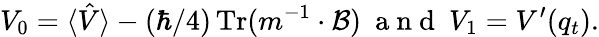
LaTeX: V_{0}=\langle\hat{V}\rangle-(\hbar/4)\operatorname{Tr}(m^{-1}\cdot\mathcal{B})\mathrm{~\ a~n~d~\ }V_{1}=V^{\prime}(q_{t}).